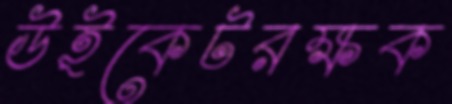
উইকেটরক্ষক